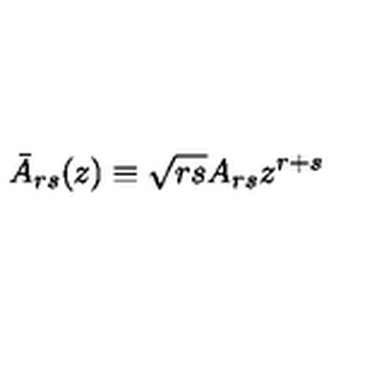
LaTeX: \bar { A } _ { r s } ( z ) \equiv \sqrt { r s } A _ { r s } z ^ { r + s }